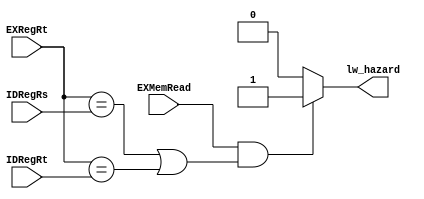
module stallUnit(IDRegRs,IDRegRt,EXRegRt,EXMemRead,lw_hazard);
 input [4:0] IDRegRs,IDRegRt,EXRegRt;
 input EXMemRead;
 output reg lw_hazard;


 always@(IDRegRs,IDRegRt,EXRegRt,EXMemRead)
 if(EXMemRead&((EXRegRt == IDRegRs)|(EXRegRt == IDRegRt)))
 begin//stall
 lw_hazard=1;
 end
 else
 begin//no stall
 lw_hazard=0;

 end
endmodule